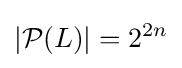
\left|{\mathcal {P}}(L)\right|=2^{2n}